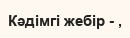
Кәдімгі жебір - ,